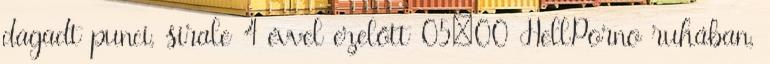
dagadt punci, sirale 4 évvel ezelőtt 05:00 HellPorno ruhában,